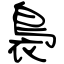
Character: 裊